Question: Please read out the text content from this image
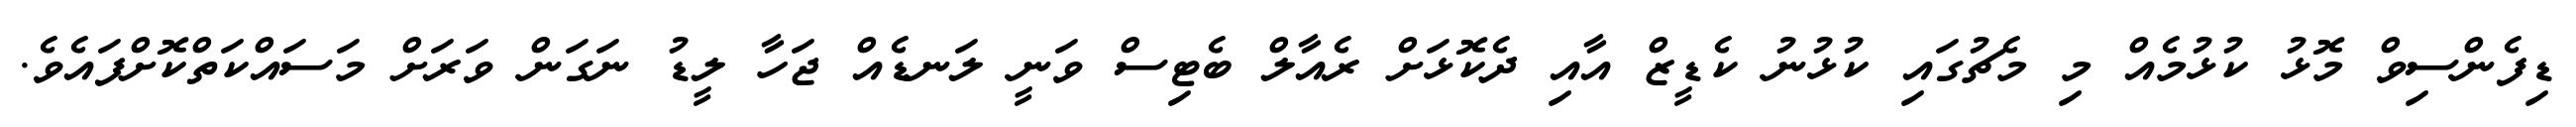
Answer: ޑިފެންސިވް މޮޅު ކުޅުމެއް މި މެޗުގައި ކުޅުނު ކެޑީޒް އާއި ދެކޮޅަށް ރެއާލް ބެޓިސް ވަނީ ލަނޑެއް ޖަހާ ލީޑު ނަގަން ވަރަށް މަސައްކަތްކޮށްފައެވެ.